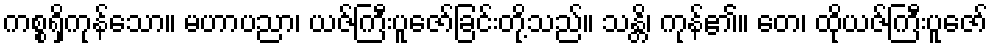
ကစ္စရှိကုန်သော။ မဟာပညာ၊ ယဇ်ကြီးပူဇော်ခြင်းတို့သည်။ သန္တိ၊ ကုန်၏။ တေ၊ ထိုယဇ်ကြီးပူဇော်